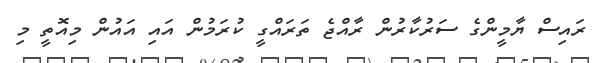
ރައިސް ޔާމީންގެ ސަރުކާރުން ރާއްޖެ ތަރައްގީ ކުރަމުން އައި އައުން މިއޮތީ މި